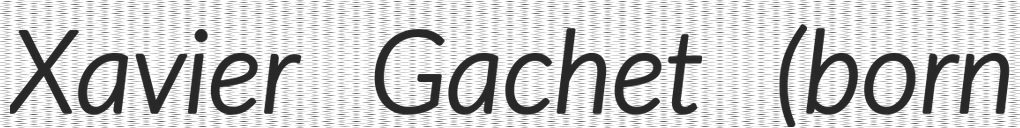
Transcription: Xavier Gachet (born